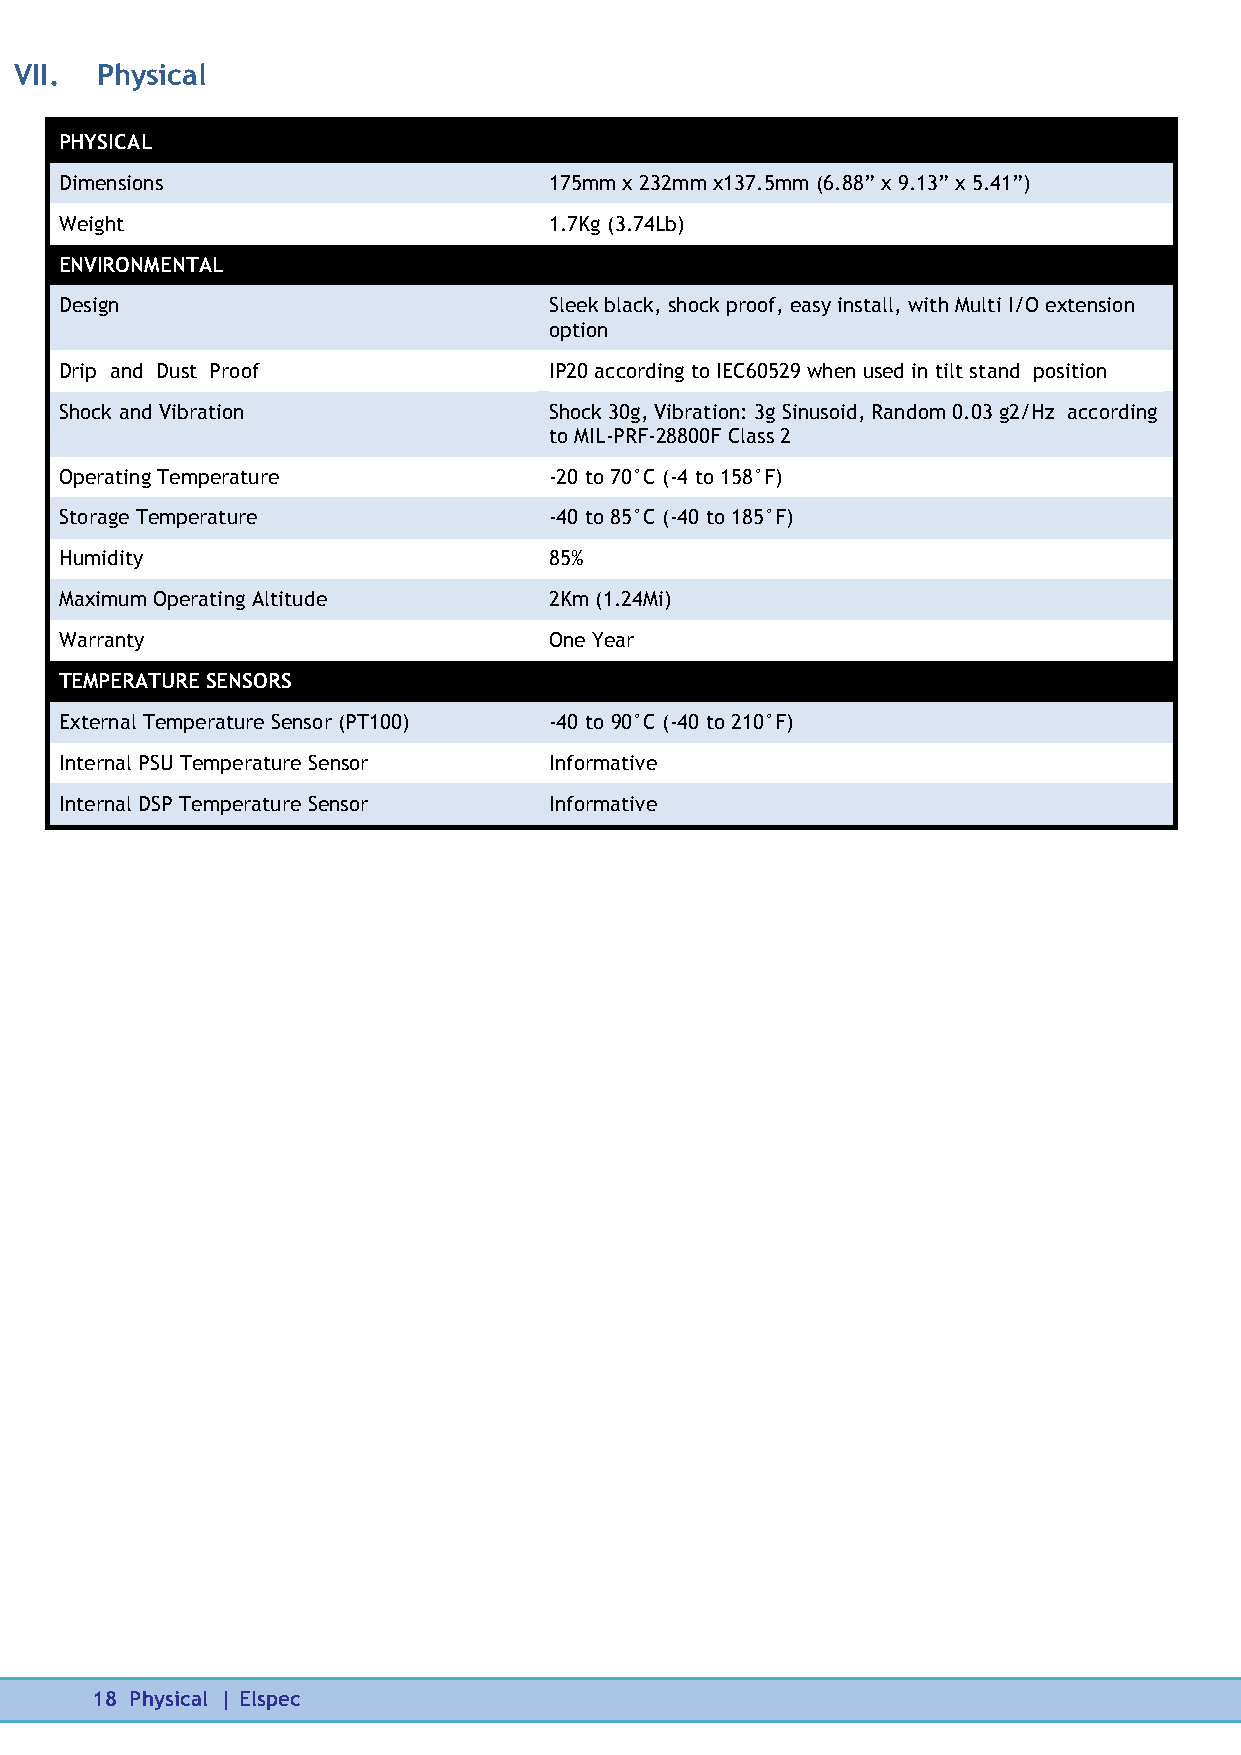
VII. Physical
 PHYSICAL
 Dimensions                      175mm x 232mm x137.5mm (6.88” x 9.13” x 5.41”)
 Weight                          1.7Kg (3.74Lb)
 ENVIRONMENTAL
 Design                          Sleek black, shock proof, easy install, with Multi I/O extension
 option
 Drip and Dust Proof             IP20 according to IEC60529 when used in tilt stand position
 Shock and Vibration             Shock 30g, Vibration: 3g Sinusoid, Random 0.03 g2/Hz according
 to MIL-PRF-28800F Class 2
 Operating Temperature           -20 to 70°C (-4 to 158°F)
 Storage Temperature             -40 to 85°C (-40 to 185°F)
 Humidity                        85%
 Maximum Operating Altitude      2Km (1.24Mi)
 Warranty                        One Year
 TEMPERATURE SENSORS
 External Temperature Sensor (PT100) -40 to 90°C (-40 to 210°F)
 Internal PSU Temperature Sensor Informative
 Internal DSP Temperature Sensor Informative
 18 Physical | Elspec